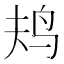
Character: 𱉎